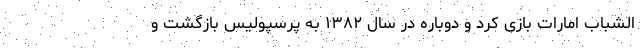
الشباب امارات بازی کرد و دوباره در سال ۱۳۸۲ به پرسپولیس بازگشت و